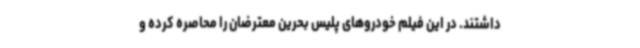
داشتند. در این فیلم خودروهای پلیس بحرین معترضان را محاصره کرده و